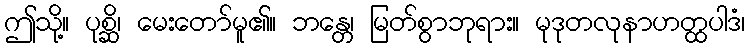
ဤသို့။ ပုစ္ဆိ၊ မေးတော်မူ၏။ ဘန္တေ၊ မြတ်စွာဘုရား။ မုဒုတလုနာဟတ္ထပါဒံ၊